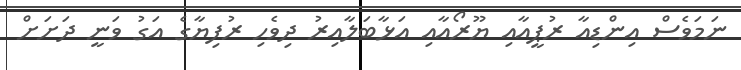
ނަމަވެސް އިންޑިއާ ރުޕީއާއި ޔޫރޯއާއި އަޅާބަލާއިރު ދިވެހި ރުފިޔާގެ އަގު ވަނީ ދަށަށް